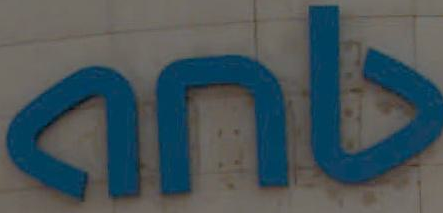
გის